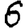
Digit: 6